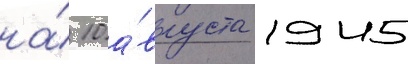
на́ 10 а́вгуста 1945